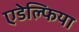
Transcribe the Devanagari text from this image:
एडेल्फिया